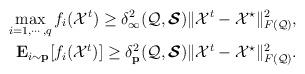
LaTeX: \begin{align*}\mathop{\max}_{i=1,\cdots,q}f_{i}(\mathcal{X}^{t})\geq \delta_{\infty}^{2}(\mathcal{Q},\boldsymbol{\mathcal{S}})\|\mathcal{X}^{t}-\mathcal{X}^{\star}\|_{F(\mathcal{Q})}^{2},\\\mathbf{E}_{i\sim \mathbf{p}}[f_{i}(\mathcal{X}^{t})]\geq \delta_{\mathbf{p}}^{2}(\mathcal{Q},\boldsymbol{\mathcal{S}})\|\mathcal{X}^{t}-\mathcal{X}^{\star}\|_{F(\mathcal{Q})}^{2}.\end{align*}